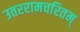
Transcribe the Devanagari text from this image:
उतररामचरितम्‌